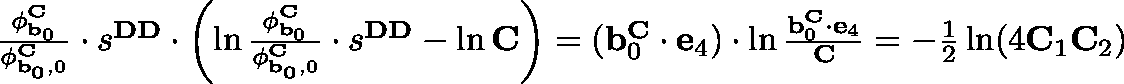
\begin{array} { r } { \frac { \mathbf { \phi } _ { \mathbf { b } _ { 0 } } ^ { \mathbf { C } } } { \mathbf { \phi } _ { \mathbf { { b } _ { 0 } } , 0 } ^ { \mathbf { C } } } \cdot s ^ { \mathbf { D D } } \cdot \left( \ln \frac { \mathbf { \phi } _ { \mathbf { b } _ { 0 } } ^ { \mathbf { C } } } { \mathbf { \phi } _ { \mathbf { { b } _ { 0 } } , 0 } ^ { \mathbf { C } } } \cdot s ^ { \mathbf { D D } } - \ln \mathbf { C } \right) = ( \mathbf { b } _ { 0 } ^ { \mathbf { C } } \cdot \mathbf { e } _ { 4 } ) \cdot \ln \frac { \mathbf { b } _ { 0 } ^ { \mathbf { C } } \cdot \mathbf { e } _ { 4 } } { \mathbf { C } } = - \frac { 1 } { 2 } \ln ( 4 \mathbf { C } _ { 1 } \mathbf { C } _ { 2 } ) } \end{array}